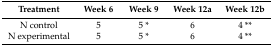
<table><thead><tr><td><b>Treatment</b></td><td><b>Week 6</b></td><td><b>Week 9</b></td><td><b>Week 12a</b></td><td><b>Week 12b</b></td></tr></thead><tbody><tr><td>N control</td><td>5</td><td>5 *</td><td>6</td><td>4 **</td></tr><tr><td>N experimental</td><td>5</td><td>5 *</td><td>6</td><td>4 **</td></tr></tbody></table>